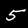
Digit: 5